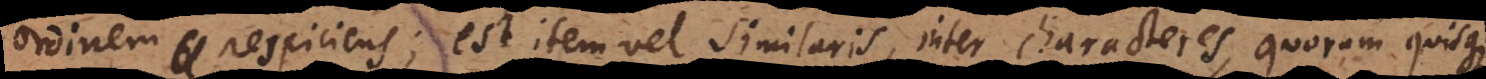
ordinem respiciens; est item vel similaris, inter characteres, quorum quisque